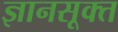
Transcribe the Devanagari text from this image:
ज्ञानसूक्त